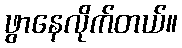
ဖွာနေလိုက်တယ်။